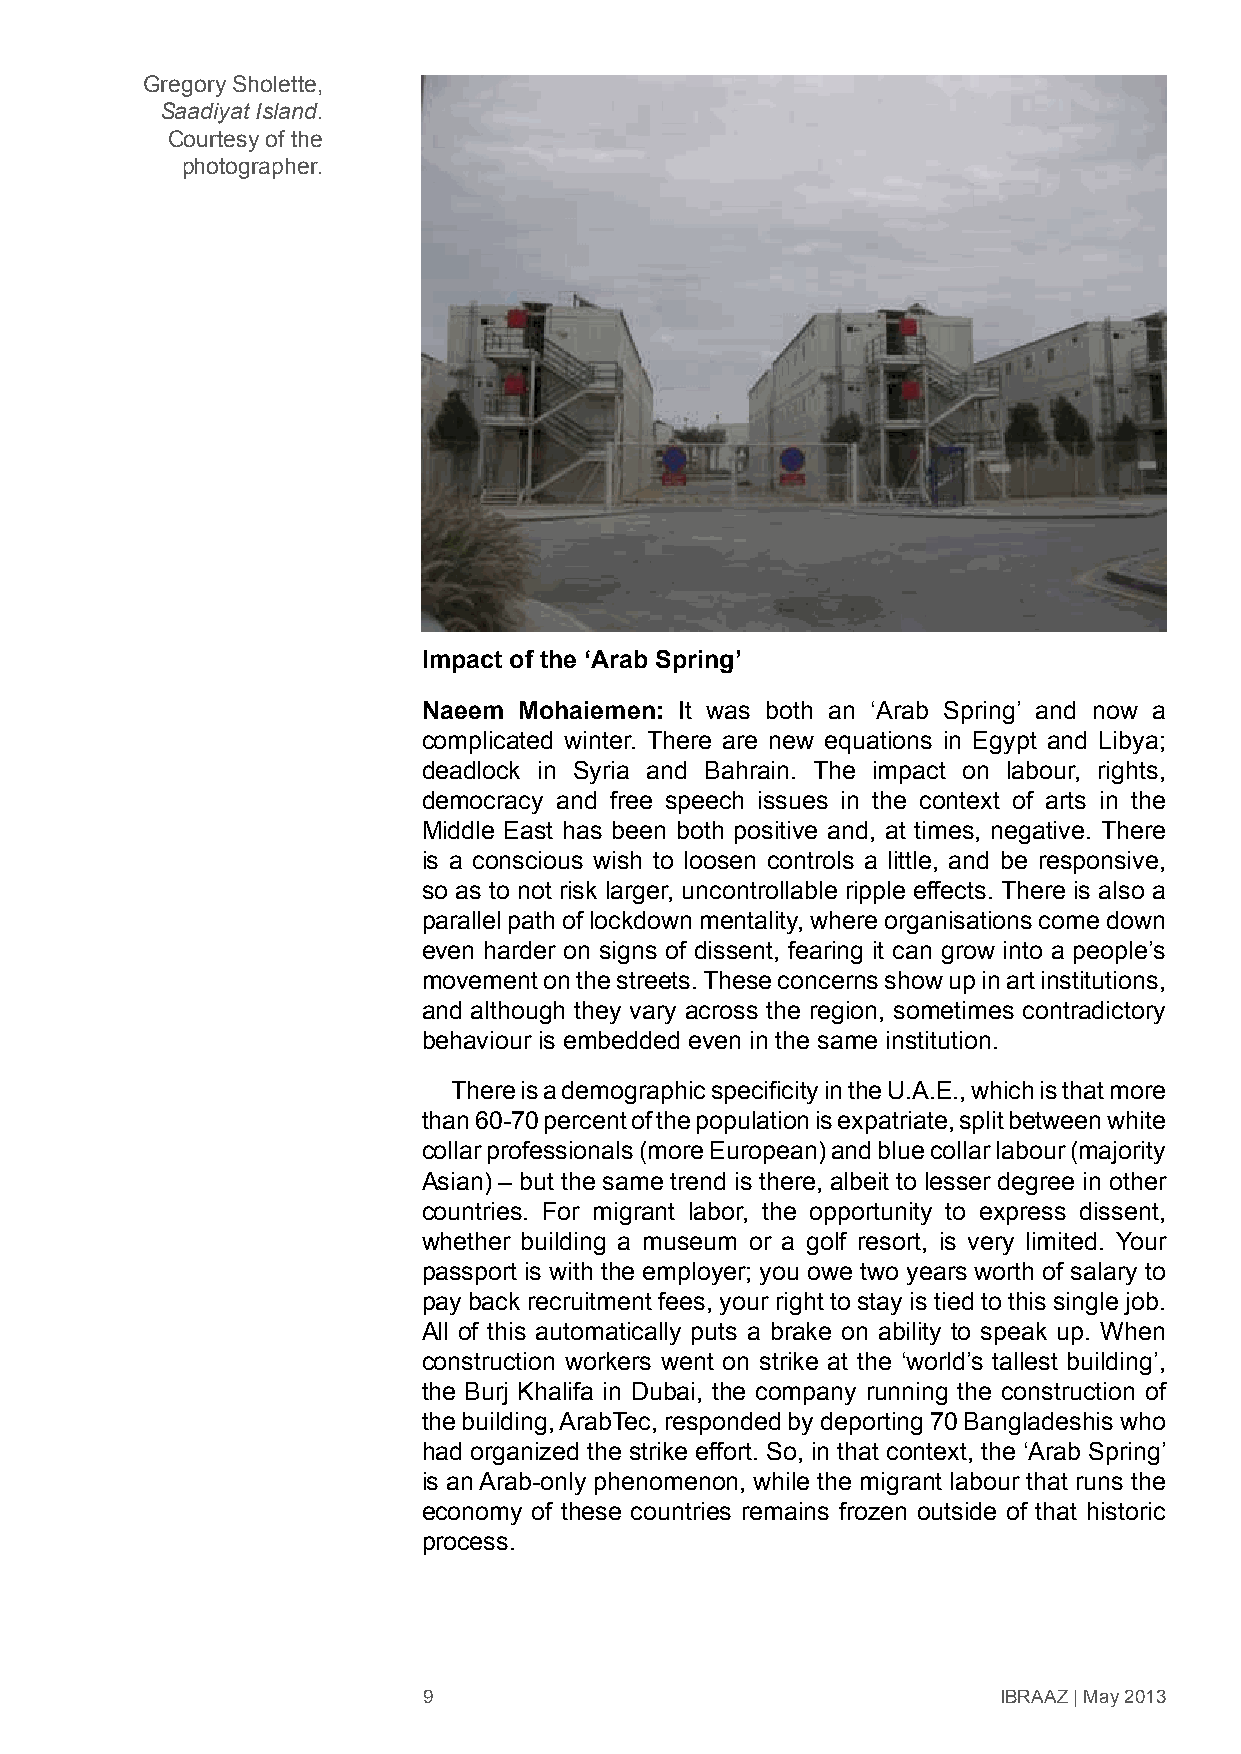
Gregory Sholette,
 Saadiyat Island.
 Courtesy of the
 photographer.
 Impact of the ‘Arab Spring’
 Naeem Mohaiemen: It was both an ‘Arab Spring’ and now a
 complicated winter. There are new equations in Egypt and Libya;
 deadlock in Syria and Bahrain. The impact on labour, rights,
 democracy and free speech issues in the context of arts in the
 Middle East has been both positive and, at times, negative. There
 is a conscious wish to loosen controls a little, and be responsive,
 so as to not risk larger, uncontrollable ripple effects. There is also a
 parallel path of lockdown mentality, where organisations come down
 even harder on signs of dissent, fearing it can grow into a people’s
 movement on the streets. These concerns show up in art institutions,
 and although they vary across the region, sometimes contradictory
 behaviour is embedded even in the same institution.
 There is a demographic specificity in the U.A.E., which is that more
 than 60-70 percent of the population is expatriate, split between white
 collar professionals (more European) and blue collar labour (majority
 Asian) – but the same trend is there, albeit to lesser degree in other
 countries. For migrant labor, the opportunity to express dissent,
 whether building a museum or a golf resort, is very limited. Your
 passport is with the employer; you owe two years worth of salary to
 pay back recruitment fees, your right to stay is tied to this single job.
 All of this automatically puts a brake on ability to speak up. When
 construction workers went on strike at the ‘world’s tallest building’,
 the Burj Khalifa in Dubai, the company running the construction of
 the building, ArabTec, responded by deporting 70 Bangladeshis who
 had organized the strike effort. So, in that context, the ‘Arab Spring’
 is an Arab-only phenomenon, while the migrant labour that runs the
 economy of these countries remains frozen outside of that historic
 process.
 9                                     IBRAAZ | May 2013